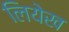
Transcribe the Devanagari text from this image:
लियेख